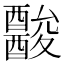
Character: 𨣪